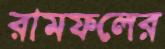
রামফলের